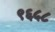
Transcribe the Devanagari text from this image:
९६५८